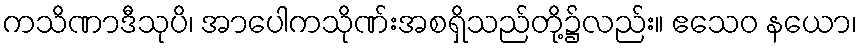
ကသိဏာဒီသုပိ၊ အာပေါကသိုဏ်းအစရှိသည်တို့၌လည်း။ ဧသေဝ နယော၊